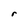
Character: r